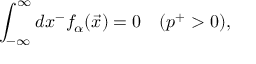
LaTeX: \int _ { - \infty } ^ { \infty } d x ^ { - } f _ { \alpha } ( \vec { x } ) = 0 \quad ( p ^ { + } > 0 ) ,